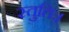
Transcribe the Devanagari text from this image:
स्तुतिः।